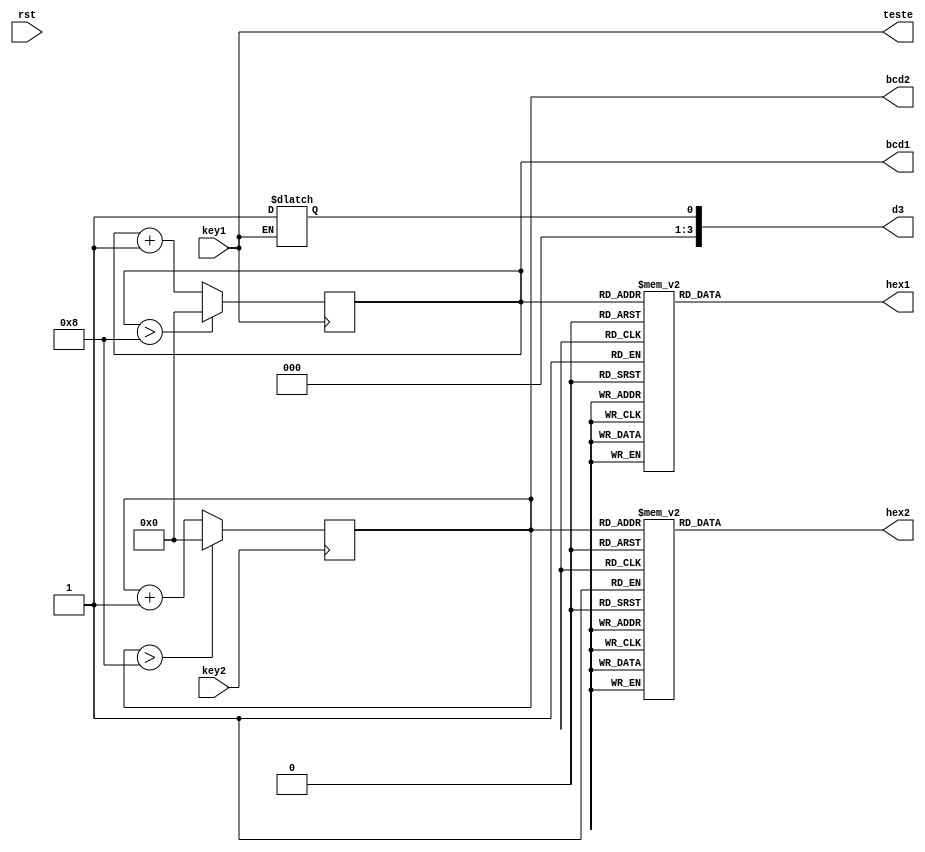
module digitos(key1,key2,hex1,hex2,rst,bcd1,bcd2,teste,d3);
	input key1,key2,rst;
	output reg teste;
	output reg [6:0] hex1,hex2;
	output reg [3:0] d3;
	reg [3:0]d1,d2;
	output reg [3:0] bcd1,bcd2;
	
initial begin
	d3<=0;
	d2<=0;
	d1<=0;
	end
	
	function [6:0] display;
		input [3:0] bcd;
		reg   [6:0] segmentos;
	begin
	case (bcd)
		0: segmentos = 7'b1000000;	//gfedcba 
		1: segmentos = 7'b1111001;
		2: segmentos = 7'b0110000;
		3: segmentos = 7'b0110000;
		4: segmentos = 7'b0011001;
		5: segmentos = 7'b0010010;
		6: segmentos = 7'b0000010;
		7: segmentos = 7'b0001111;
		8: segmentos = 7'b0000000; 
		9: segmentos = 7'b0010000;
		default: segmentos = 7'bx;
		endcase	
	display = segmentos;
	end	
	endfunction
	
always@(negedge key1) begin 
		d1<=d1+1;
		if(d1>9-1) 
			d1<=0;		
end	

always@(negedge key2) begin 		
		d2<=d2+1;
		if(d2>9-1) 
			d2<=0;	
end
always@(*)begin
 teste<=key1;
 if(~key1)
 d3<=1'b1;
end 
always @(*) begin
	bcd1<=d1;
	bcd2<=d2;
end	

always@(bcd1)	begin
	hex1= display(bcd1);
end
always@(bcd2)	begin
	hex2= display(bcd2);
end	



endmodule